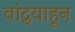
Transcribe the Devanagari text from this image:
वांद्र्याहून